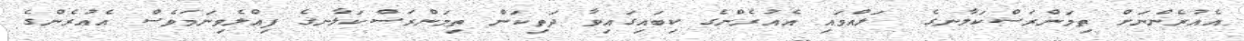
އެއުރެންނަށް ތިމަންރަސްކަލާނގެ  ލައްވައި އެއުރެންގެ ކިބައިގައިވާ ދަތިކަން ތިމަންރަސްކަލާނގެ ފިއްލެވިނަމަވެސް އެއުރެންގެ